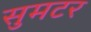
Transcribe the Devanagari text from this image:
सुमटर